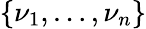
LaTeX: \{ \nu_{1},\dots,\nu_{n}\}